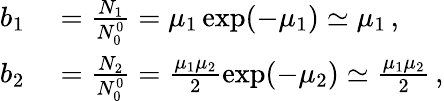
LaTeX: \begin{array}{rl}{b_{1}}&{{}=\frac{N_{1}}{N_{0}^{0}}=\mu_{1}\exp(-\mu_{1})\simeq\mu_{1}\, ,}\\ {b_{2}}&{{}=\frac{N_{2}}{N_{0}^{0}}=\frac{\mu_{1}\mu_{2}}{2}\exp(-\mu_{2})\simeq\frac{\mu_{1}\mu_{2}}{2}\, ,}\end{array}